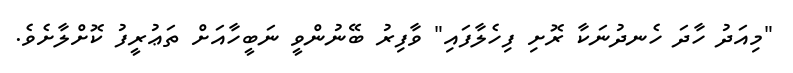
"މިއަދު ހާދަ ހެނދުނަކާ ރޮށި ފިހެލާފައި" ވާފިރު ބޭނުންވީ ނަބީހާއަށް ތަޢުރީފު ކޮށްލާށެވެ.